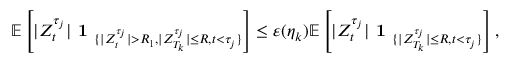
\mathbb { E } \left[ | Z _ { t } ^ { \tau _ { j } } | \textbf { 1 } _ { \{ | Z _ { t } ^ { \tau _ { j } } | > R _ { 1 } , | Z _ { T _ { k } } ^ { \tau _ { j } } | \leq R , t < \tau _ { j } \} } \right] \leq \varepsilon ( \eta _ { k } ) \mathbb { E } \left[ | Z _ { t } ^ { \tau _ { j } } | \textbf { 1 } _ { \{ | Z _ { T _ { k } } ^ { \tau _ { j } } | \leq R , t < \tau _ { j } \} } \right] ,